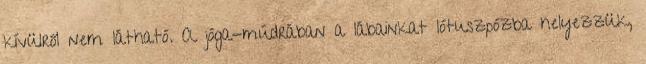
kívülről nem látható. A jóga-múdrában a lábainkat lótuszpózba helyezzük,